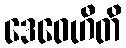
ဒေဝေဟီတိ